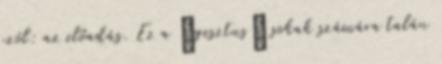
szól: az előadás. Ez a „gesztus” sokak számára talán